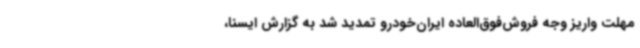
مهلت واریز وجه فروش‌فوق‌العاده ایران‌خودرو تمدید شد به گزارش ایسنا،